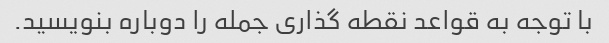
با توجه به قواعد نقطه گذاری جمله را دوباره بنویسید.